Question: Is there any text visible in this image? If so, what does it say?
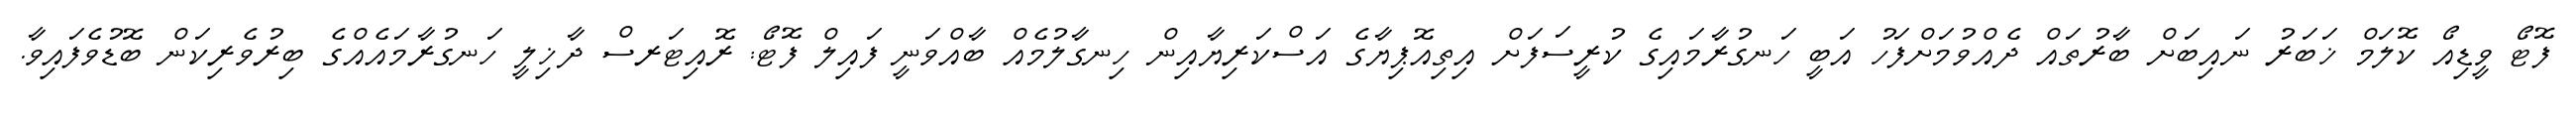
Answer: ފޮޓޯ ވީޑިއޯ ކޮލަމް ޚަބަރު ނައިބަށް ބާރުތައް ދެއްވުމަށްފަހު އަބީ ހަނގުރާމައިގެ ކުރީސަފަށް އިތިއޮޕިޔާގެ އަސްކަރިޔާއިން ހިނގާލުމެއް ބާއްވަނީ ފައިލް ފޮޓޯ: ރޮއިޓަރސް ދާޚިލީ ހަނގުރާމައެއްގެ ބިރުވެރިކަން ބޮޑުވެފައިވާ.